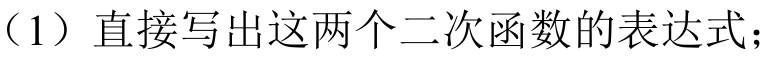
（1）直接写出这两个二次函数的表达式；